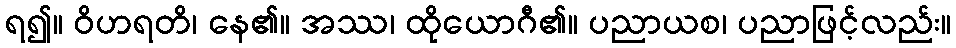
ရ၍။ ဝိဟရတိ၊ နေ၏။ အဿ၊ ထိုယောဂီ၏။ ပညာယစ၊ ပညာဖြင့်လည်း။